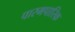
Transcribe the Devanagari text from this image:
पारमपारिक